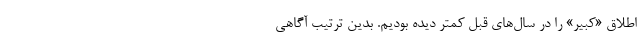
اطلاقِ «کبیر» را در سال‌های قبل کمتر دیده بودیم. بدین ترتیب آگاهی